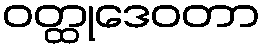
ဝတ္ထုဒေဝတာ